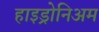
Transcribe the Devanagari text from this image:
हाइड्रोनिअम